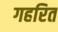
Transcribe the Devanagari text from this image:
गहरित